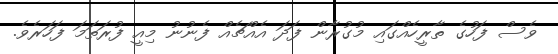
ވެސް ފަހުގެ ތާރީހެއްގައި މުގުރާން ފަދަ އެއްޗެއް ފެނުނު މިއީ ފުރަތަމަ ފަހަރެވެ.